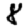
Digit: 8